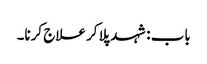
باب : شہد پلا کر علاج کرنا۔